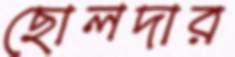
ছোলদার